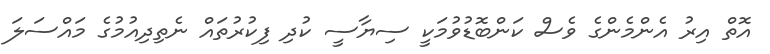
އޮތް އިރު އެންމެންގެ ވެސް ކަންބޮޑުވުމަކީ ސިޔާސީ ކުދި ފިކުރުތައް ނެތިދިއުމުގެ މައްސަލަ